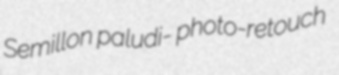
Semillon paludi- photo-retouch